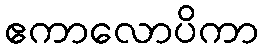
ဧကာလောပိကာ